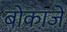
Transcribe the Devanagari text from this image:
बोकाजे